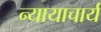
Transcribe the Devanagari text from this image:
न्यायाचार्य